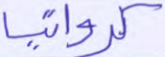
كرواتيا